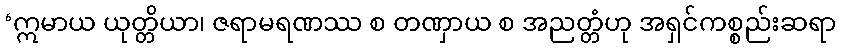
‘ဣမာယ ယုတ္တိယာ၊ ဇရာမရဏဿ စ တဏှာယ စ အညတ္တံဟု အရှင်ကစ္စည်းဆရာ